Indian journal of veterinary science and animal husbandry - Volume 13,
Year: 1943
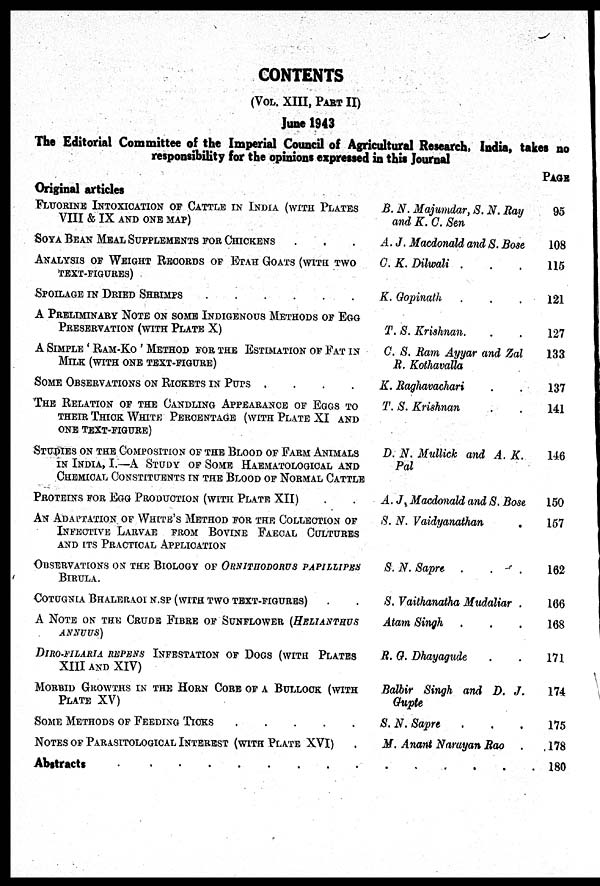
CONTENTS
(VOL. XIII, PART II)
June 1943
The Editorial Committee of the Imperial Council of Agricultural Research, India, takes no
responsibility for the opinions expressed in this Journal
Original articles
FLUORINE INTOXICATION OF CATTLE IN INDIA (WITH PLATES
VIII & IX AND ONE MAP)
SOYA BEAN MEAL SUPPLEMENTS FOR CHICKENS . . .
ANALYSIS OF WEIGHT RECORDS OF ETAH GOATS (WITH TWO
TEXT-FIGURES)
SPOILAGE IN DRIED SHRIMPS ......
A PRELIMINARY NOTE ON SOME INDIGENOUS METHODS OF EGG
PRESERVATION (WITH PLATE X)
A SIMPLE ' RAM-KO ' METHOD FOR THE ESTIMATION OF FAT IN
MILK (WITH ONE TEXT-FIGURE)
SOME OBSERVATIONS ON RICKETS IN PUPS . . . .
THE RELATION OF THE CANDLING APPEARANCE OF EGGS TO
THEIR THICK WHITE PERCENTAGE (WITH PLATE XI AND
ONE TEXT-FIGURE)
STUDIES ON THE COMPOSITION OF THE BLOOD OF FARM ANIMALS
IN INDIA, I.—A STUDY OF SOME HAEMATOLOGICAL AND
CHEMICAL CONSTITUENTS IN THE BLOOD OF NORMAL CATTLE
PROTEINS FOR EGG PRODUCTION (WITH PLATE XII) . .
AN ADAPTATION OF WHITE'S METHOD FOR THE COLLECTION OF
INFECTIVE LARVAE FROM BOVINE FAECAL CULTURES
AND ITS PRACTICAL APPLICATION
OBSERVATIONS ON THE BIOLOGY OF ORNITHODORUS PAPILLIPES
BIRULA.
COTUGNIA BHALERAOI N.SP (WITH TWO TEXT-FIGURES) . .
A NOTE ON THE CRUDE FIBRE OF SUNFLOWER (HELIANTHUS
ANNUUS)
DIRO-FILARIA REPENS INFESTATION OF DOGS (WITH PLATES
XIII AND XIV)
MORBID GROWTHS IN THE HORN CORE OF A BULLOCK (WITH
PLATE XV)
SOME METHODS OF FEEDING TICKS . . . . .
NOTES OF PARASITOLOGICAL INTEREST (WITH PLATE XVI) .
Abstracts . . . . . . . . .
B. N. Majumdar, S. N. Ray
and K. C. Sen
A. J. Macdonald and S. Bose
C. K. Dilwali . . .
K. Gopinath . . .
T. S. Krishnan. . .
C. S. Ram Ayyar and Zal
R. Kothavalla
K. Raghavachari . .
T. S. Krishnan . .
D. N. Mullick and A. K.
Pal
A. J. Macdonald and S. Bose
S. N. Vaidyanathan .
S. N. Sapre . . .
S. Vaithanatha Mudaliar .
Atam Singh . . .
R. G. Dhayagude . .
Balbir Singh and D. J.
Gupte
S. N. Sapre . . .
M. Anant Narayan Rao .
. . . . . .
PAGE
95
108
115
121
127
133
137
141
146
150
157
162
166
168
171
174
175
178
180